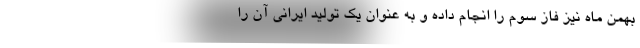
بهمن ماه نیز فاز سوم را انجام داده و به عنوان یک تولید ایرانی آن را